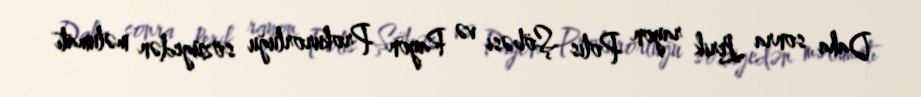
Daha sonra Lerik rayon Polis Şöbəsi və Rayon Prokurorluğu sözügedən məlumatı